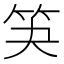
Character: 𮅃